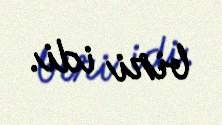
biri idi.